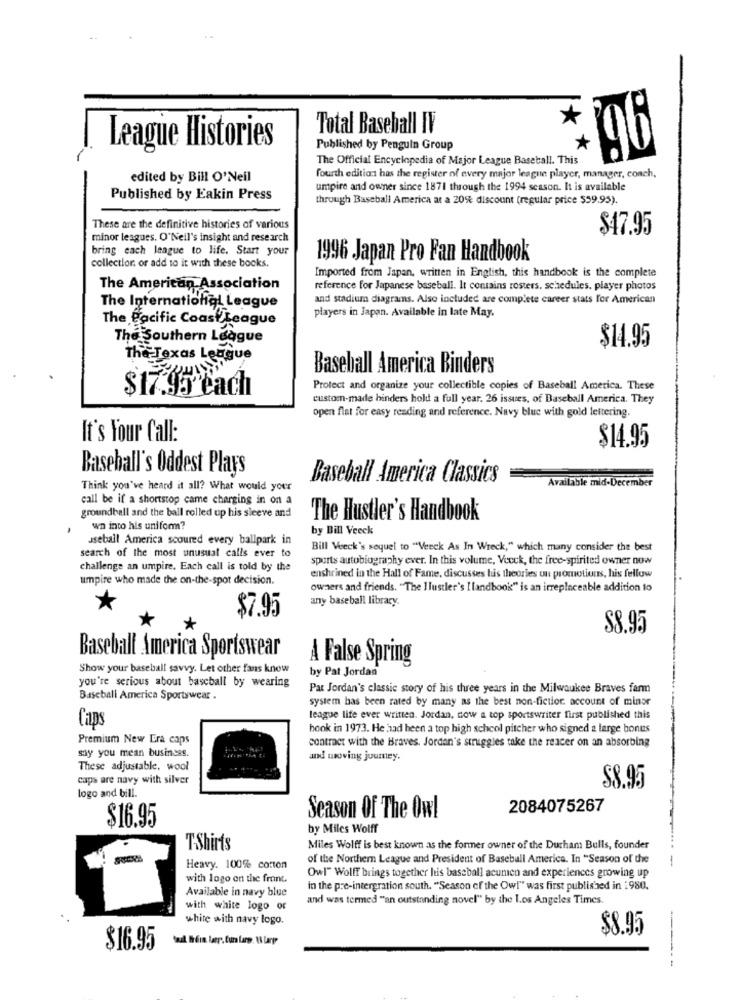
Total Baseball IV
League Histories
Published by Penguin Group
The Official Encyclopedia of Major League Baseball. This
96
edited by Bill O'Neil
fourth edition has the register of every major league player, manager, conch,
umpire and owner since 1871 through the 1994 season. It is available
Published by Eakin Press
through Baseball America at a 20% discount (regular price $59.95).
These are the definitive histories of various
$47.95
minor leagues. O'Neil's insight and research
bring each league to life. Start your
1996 Japan Pro Fan Handbook
collection. or add to it with these books.
Imported from Japan, written in English, this handbook is the complete
The American Association
reference for Japanese baseball. It contains rosters, schedules, player photos
and stadium diagrams. Also included are complete career stats for American
The International League
players in Japan. Available in late May.
The Pacific Coast League
The Southern League
$14.95
The Texas League
Baseball America Binders
$17.95 each
Protect and organize your collectible copies of Baseball America. These
custom-made binders hold a full year. 26 issues, of Baseball America. They
open flat for easy reading and reference. Navy blue with gold lettering.
It's Your Call:
$14.95
Baseball's Oddest Plays
Baseball America Classics
Available mid-December
Think you've heard it all? What would your
call be if a shortstop came charging in on a
groundball and the ball rolled up his sleeve and
The Hustler's Handbook
wn into his uniform?
by Bill Veeck
useball America scoured every ballpark in
search of the most unusual calls ever to
Bill Veeck's sequel to "Veeck As In Wreck," which many consider the best
sports autobiography ever. In this volume, Vecck, the free-spirited owner now
challenge an umpire. Each call is told by the
umpire who made the on-the-spot decision.
enshrined in the Hall of Fame, discusses luis theories un promotions, his fellow
owners and friends. "The IJustler's I landbook" is an irreplaceable addition to
any baseball library.
$7.95
S8.95
Baseball America Sportswear
A False Spring
Show your baseball savvy. Let other fans know
by Pat Jordan
you're serious about baseball by wearing
Pat Jordan's classic story of his three years in the Milwaukee Braves farm
Baseball America Sportswear .
system has been rated by many as the best non-fiction account of minor
league life ever written. Jordan, now a top sportswriter first published this
Caps
hook in 1973. He had been a top high school pitcher who signed a large bonus
Premium New Era caps
contract with the Braves. Jordan's struggles take the reacer on an absorbing
say you mean business.
and moving juumey.
These adjustable. wool
caps are navy with silver
logo and bill.
$8.95
2084075267
$16.95
Season Of The Owl
by Miles Wolff
TShirts
Miles Wolff is best known as the former owner of the Durham Bulls, founder
of the Northern League and President of Baseball America. In "Season of the
Heavy. 100% cotton
with logo on the front.
Owl" Wolff brings together his baseball acumen and experiences growing up
Available in navy blue
in the pre-intergration south. "Season of the Owl" was first published in 1 980.
and was termed "an outstanding novel" by the los Angeles Times.
with white logo or
white with navy logo.
$8.95
$16.95
---- -